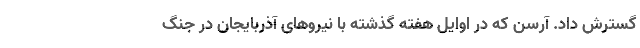
گسترش داد. آرسن که در اوایل هفته گذشته با نیروهای آذربایجان در جنگ